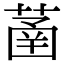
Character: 䓿